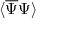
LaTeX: \langle { \overline { { \Psi } } } \Psi \rangle